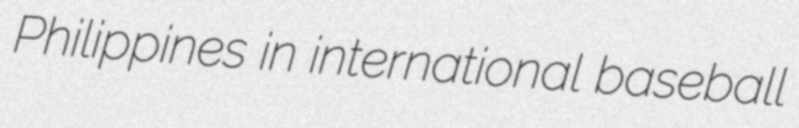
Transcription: Philippines in international baseball